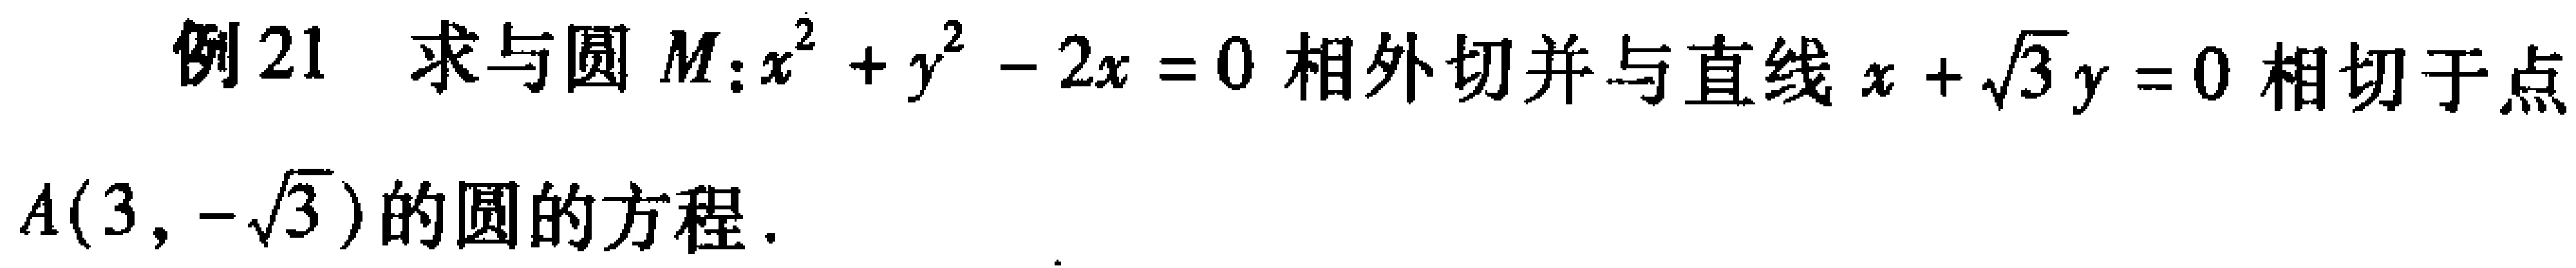
例21 求与圆 \(M:x^{2}+y^{2}-2x = 0\) 相外切并与直线 \(x+\sqrt{3}y = 0\) 相切于点 \(A(3,-\sqrt{3})\) 的圆的方程.